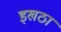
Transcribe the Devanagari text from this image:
इखठा